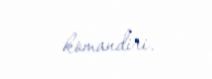
komandiri.